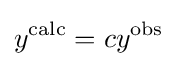
y^{\text{calc}}=cy^{\text{obs}}